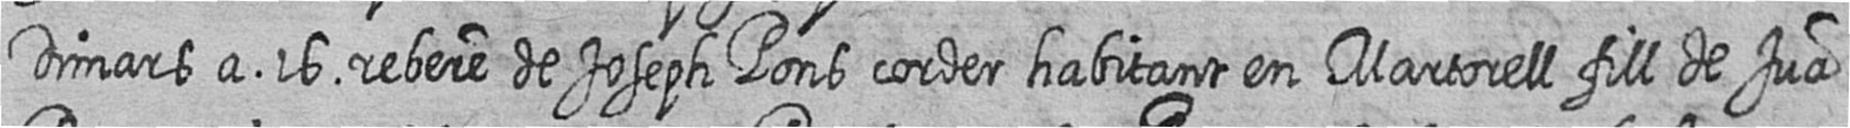
Dimars a 16 rebere de Joseph Pons corder habitant en Martorell fill de Jua